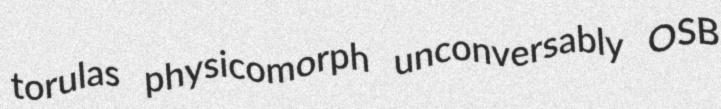
torulas physicomorph unconversably OSB